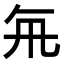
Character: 𭂯